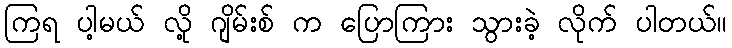
ကြရ ပါ့မယ် လို့ ဂျိမ်းစ် က ပြောကြား သွားခဲ့ လိုက် ပါတယ်။